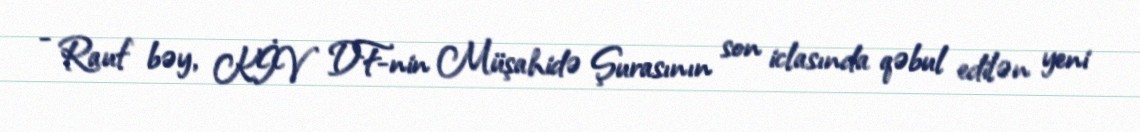
- Rauf bəy, KİV DF-nin Müşahidə Şurasının son iclasında qəbul edilən yeni